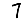
Digit: 7